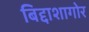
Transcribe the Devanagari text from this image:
बिद्दाशागोर